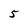
Character: 5